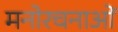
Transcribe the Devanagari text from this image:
मनोरचनाओं